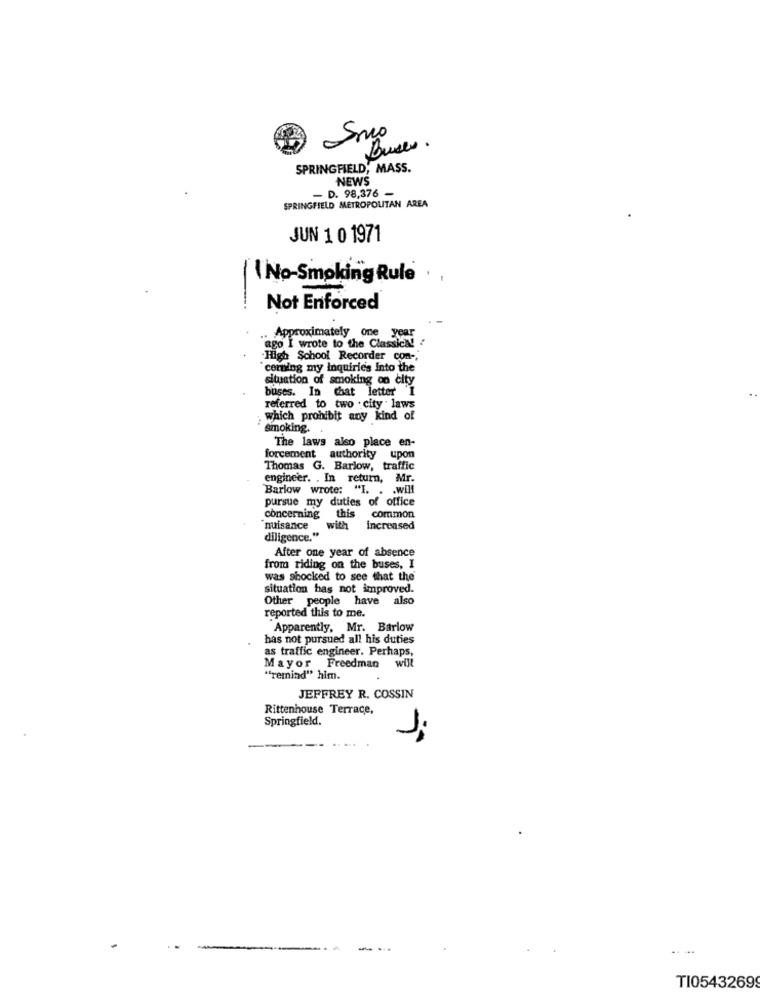
Buses.
SPRINGFIELD, MASS.
NEWS
- D. 98,376 -
SPRINGFIELD METROPOLITAN AREA
JUN 1 0 1971
No-Smoking Rule.
Not Enforced
Approximately one year
ago I wrote to the Classica! !
High School Recorder con -,
`conting my inquirie's into the
situation of smoking on city
buses. In chat letter I
referred to two . city . laws
which prohibit any kind of
smoking.
The laws also place en-
forcement authority upon
Thomas G. Barlow, traffic
engineer. . In return, Mr.
Barlow wrote: "I. . . will
pursue my duties of office
this
concerning
common
nuisance
with
increased
diligence."
After one year of absence
from riding on the buses, I
was shocked to see that the
situation has not improved.
Other people have also
reported this to me.
Apparently, Mr. Barlow
has not pursued all his duties
as traffic engineer. Perhaps,
Mayor Freedman will
"remind" him.
JEFFREY R. COSSIN
Rittenhouse Terrace,
Springfield.
TI05432699